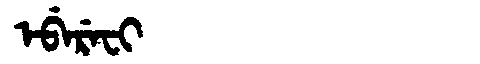
Manchu: ᡝᠪᡝᡵᡝᠸᡳ
Romanization: EBEREFI